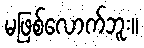
မဖြစ်လောက်ဘူး။